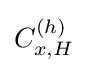
C_{x,H}^{(h)}